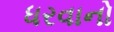
ધરવાનો